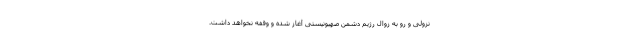
نزولی و رو به زوالِ رژیم دشمن صهیونیستی آغاز شده و وقفه نخواهد داشت.